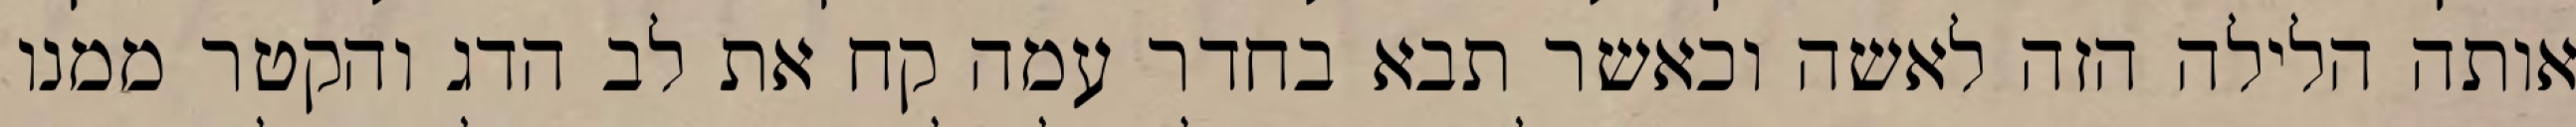
אותה הלילה הזה לאשה וכאשר תבא בחדר עמה קח את לב הדג והקטר ממנו